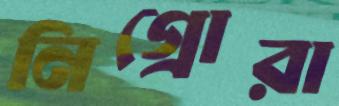
নিগ্রোরা